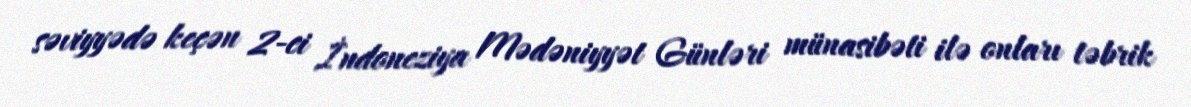
səviyyədə keçən 2-ci İndoneziya Mədəniyyət Günləri münasibəti ilə onları təbrik